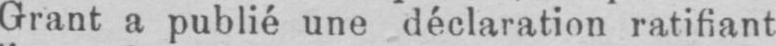
Grant a publié une déclaration ratifiant